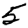
Digit: 5